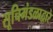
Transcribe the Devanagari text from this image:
सूचिमंडळाद्वारे